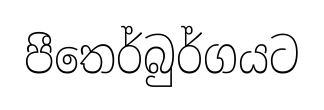
පීතෙර්බුර්ගයට